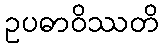
ဥပဓာဝိဿတိ